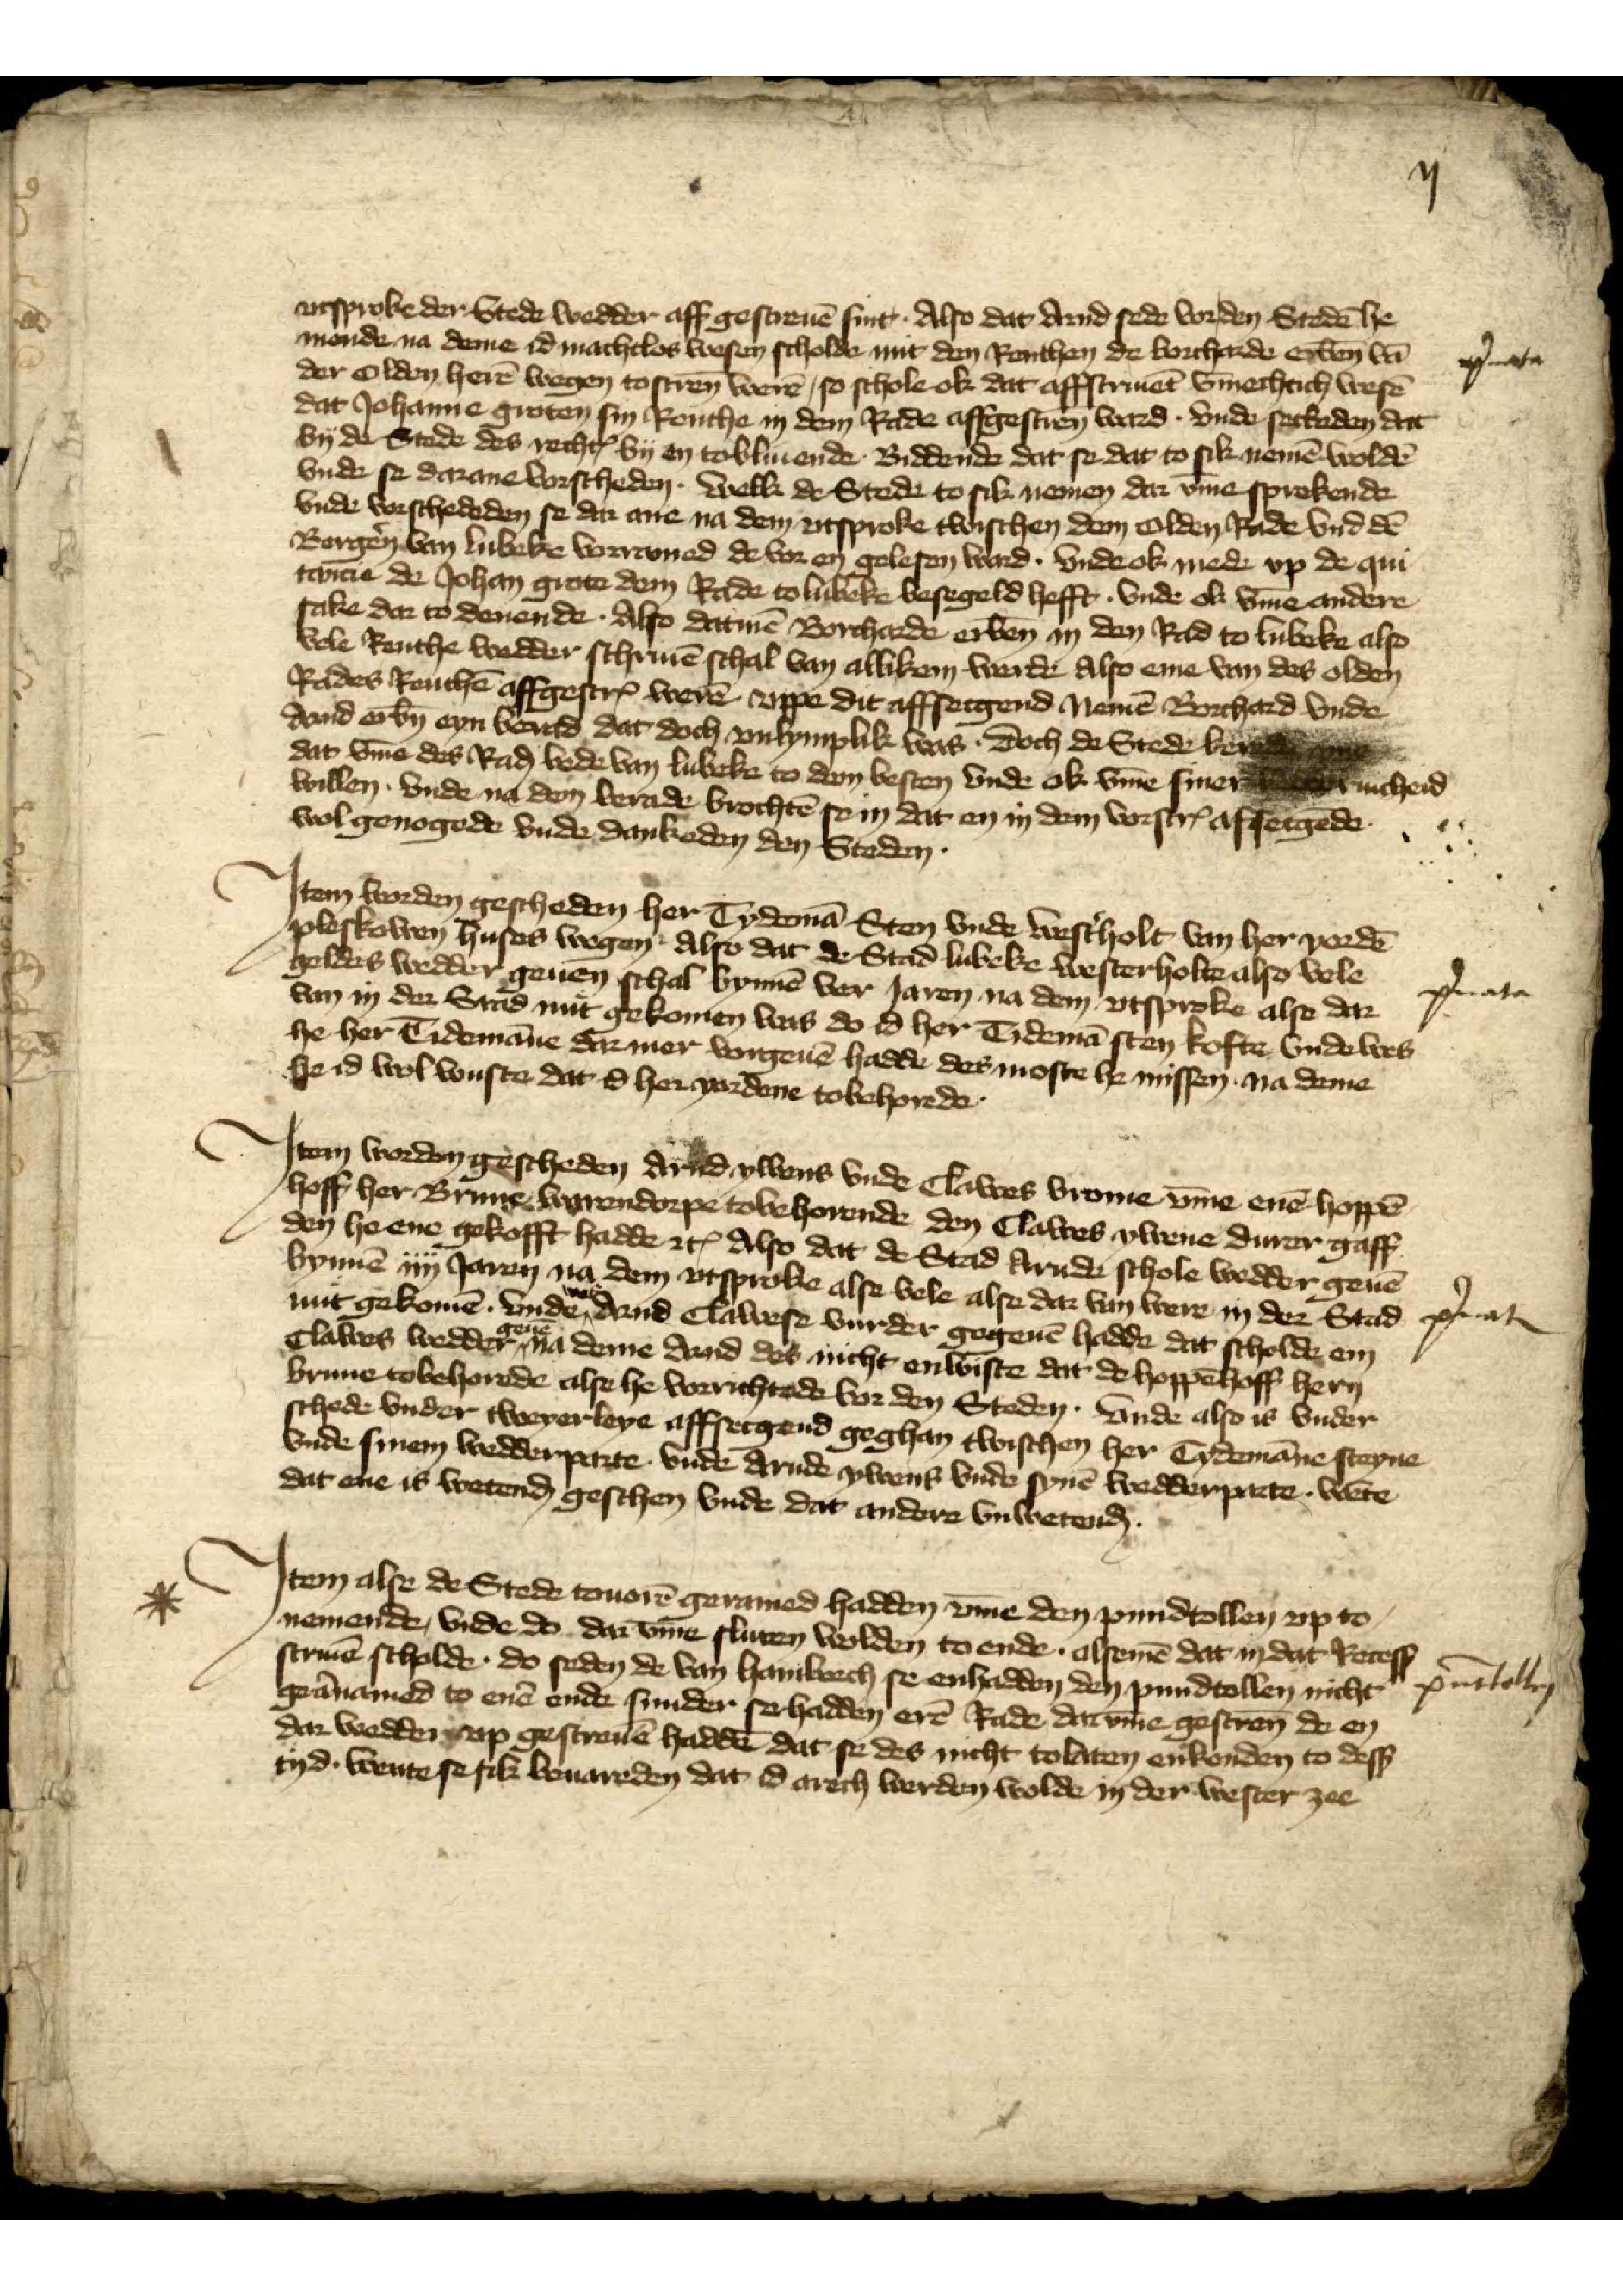
vtsproke der Stede wedder aff gescreuē sint Alse dat Arnd Sede vor den Stedē he
monde na deme id machtlos wesen scholde mit den Renthen de Borcharde erben̄ vā
der Olden herē wegen to scrēn were, so schole ok dat affscriēn v̄mechtich wesē
dat Johanne Groten sin Renthe in dem Rade affgescrēn ward vnde seckeden dat
by de Stede des rechtꝬ by en tobliuende Biddende dat se dat to sik nemē woldē
vnde se darame vorscheden welke de Stede to sik nemen dar v̄me sprekende
vnde vorschededen se dar ane na dem vtsproke twischen den Olden Rade vnd dē
Bogẻn van Lubeke vorramed de vor en gelesen ward. Vnde ok mede vp de qui¬
tacien de Johan Grote dem Rade to Lubeke besegeld hefft. Vnde ok v̄me andere
sake dar to denende. Also datmē Borcharde erben̄ in den Rad to Lubeke also
vele Renthe wedder schriuē schal van allikem werde Also eme van des olden
Rades Renthē affgescrꝬ werē vppe dit afffsecgend nemē Bochard vnde
Arnd erbn̄ eyn berad dat doch vnlymplik was. Doch de Stede bereden eme
dat v̄me des Raḑ bede van Lubeke to dem besten vnde ok v̄me siner bederuicheid 
willen vnde na dem berade brochtē se dat en in den vorscrꝬ afsecgēde
wol genegede vnde dankeden den Steden

Jtem worden gescheden her Tydemā Sten vnde West̉holt van her Yordē
Pleskowen huses wegen. Also dat de Stad Lubeke Westerholte alse vele
geldes wedder geuen schal bynnē ver Jaren na dem vtsproke alse dar¬
van in der Stad mit gekomen was do id her Tydemā Sten kofte vnde wes
he her Tidemāne dar mer vorgeuē hadde des moste he missen na deme
he id wol wuste dat id her Yordene tobehorede.
wol genegede vnde dabeden den Stden

Jtem werden gescheden Arnd Ywens vnde Clawes Vrome v̄me enē hoppē
hoff her Brune Warendorpe tobehorende den Clawes Ywene durer gaff
den he ene gekofft hadde etꝬ Also dat de Stad Arnde schole wedder geuē
bynnē iiij Jaren na dem vtsproke alse vele alse dar van were in der Stad 
mit gekomē. Vnde was Arnd Clawese vurder gegeuē hadde dat scholde em
Clawes wedder geuē na deme Arnd des nicht enwiste dat de hoppēhoff hern
Brune tobehorede alse he vorrichtede vor den Steden. Vnde also is vnder¬
schede vnder tweyerleye affsecgend geghan twischen her Tydemāne Steyne
vnde sinem wedderparte vnde Anrde Ywens vnde synē wedderparte wēte
 dat ene is wetenḑ geschen vnde dar andate vnwetenḑ.

Jtem alse de Stede touorē geramed hadden v̄me den pundtollen vp to
nemende, vnde do dar v̄me sluten wolden to ende. alsemē dat in dat Recess
scriuē scholde. do seden de van Hamborch se enhadden den pundtollen nicht
gerānamed to enē ende sunde se hadden erē Rade dar v̄me gescreuē de en
dar wedder vp gescreuē haddē dat se des nicht to laten enkonden to desß
tyd wente se sik beuareden dat id arech werden wolde in der wester zee

ij

p̉nata

p̉nata

p̉nata

pūttollen